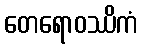
တေရောဝဿိကံ